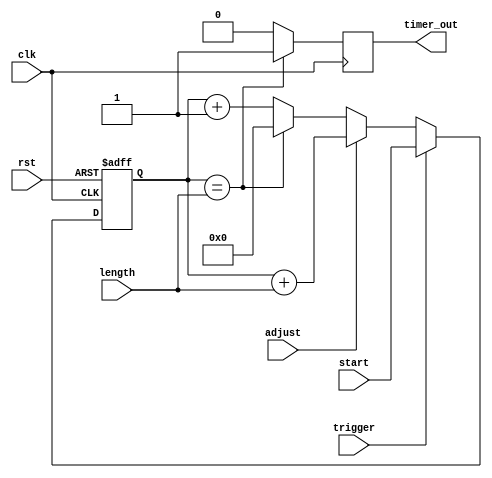
module IntervalTimer (
    input wire clk,          // user-defined clock frequency
    input wire rst,          // reset signal
    input wire trigger,      // external input signal to trigger timer
    input wire adjust,       // input signal to dynamically adjust interval length
    input wire [31:0] start, // starting point of the interval
    input wire [31:0] length, // interval length

    output reg timer_out     // output signal indicating timer completion
);

reg [31:0] count;

always @ (posedge clk or posedge rst) begin
    if (rst)
        count <= 0;
    else if (trigger)
        count <= start;
    else if (adjust)
        count <= count + length;
    else if (count == length)
        count <= 0;
    else
        count <= count + 1;
end

always @ (posedge clk) begin
    if (count == length)
        timer_out <= 1;
    else
        timer_out <= 0;
end

endmodule